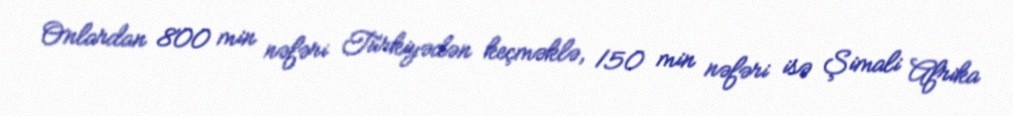
Onlardan 800 min nəfəri Türkiyədən keçməklə, 150 min nəfəri isə Şimali Afrika